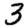
Digit: 3